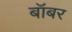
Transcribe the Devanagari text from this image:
बॉबर